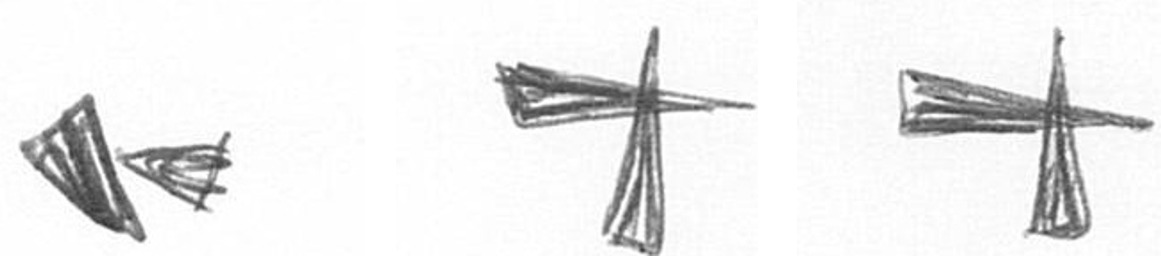
F G G